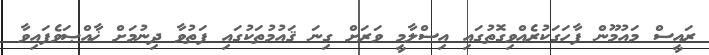
ރައީސް މައުމޫން ފާހަގަކުރެއްވިގޮތުގައި އިސްލާމީ ވަރަށް ގިނަ ޤައުމުތަކުގައި ފަތުވާ ދިނުމަށް ޚާއްޞަވެފައިވާ